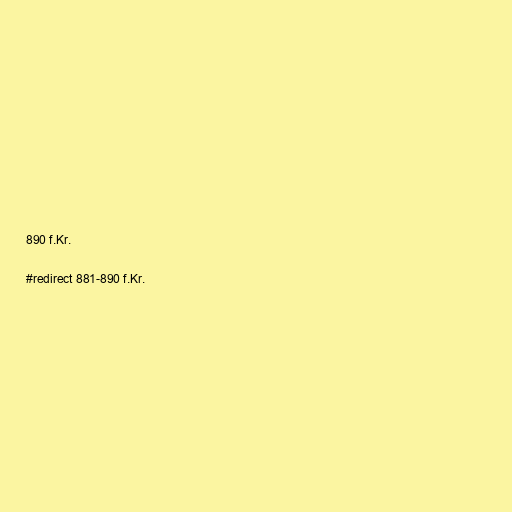
890 f.Kr.

#redirect 881-890 f.Kr.